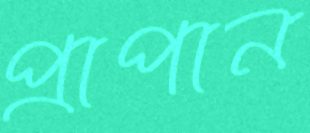
প্রাপান